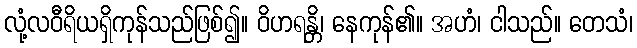
လုံ့လဝီရိယရှိကုန်သည်ဖြစ်၍။ ဝိဟရန္တိ၊ နေကုန်၏။ အဟံ၊ ငါသည်။ တေသံ၊